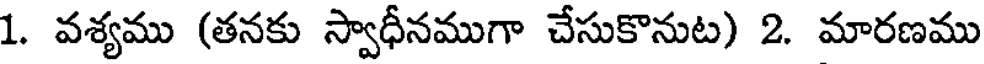
1. వశ్యము (తనకు స్వాధీనముగా చేసుకొనుట) 2. మారణము